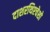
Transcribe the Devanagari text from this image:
दाशरथिश्‍चेशो